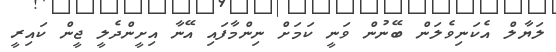
ލަޔާލް އެކަނިވެލަން ބޭނުން ވަނީ ކަމަށް ނިންމާފައި އޭނާ އިށީންދެލީ ޖީން ކައިރީ